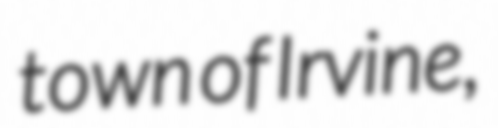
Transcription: town of Irvine,